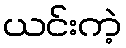
ယင်းကဲ့